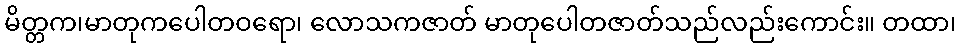
မိတ္တက၊မာတုကပေါတဝရော၊ လောသကဇာတ် မာတုပေါတဇာတ်သည်လည်းကောင်း။ တထာ၊